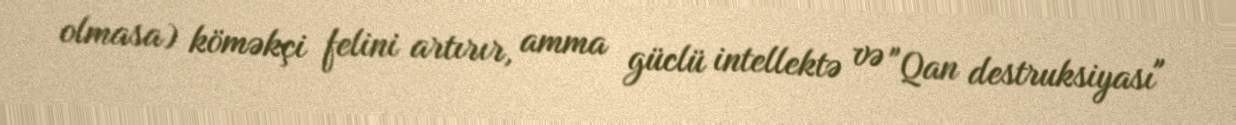
olmasa) köməkçi felini artırır, amma güclü intellektə və "Qan destruksiyası"